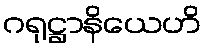
ဂရုဋ္ဌာနိယေဟိ